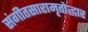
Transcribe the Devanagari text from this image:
संगीतसारामृतोद्धार